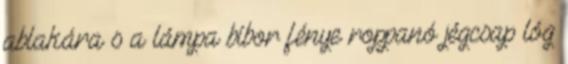
ablakára s a lámpa bíbor fénye roppanó jégcsap lóg